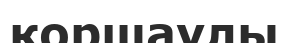
қоршаулы